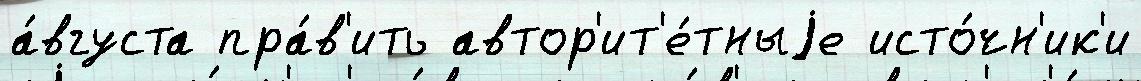
а́вгуста пра́в'ить автор'ит'е́тныjе исто́чн'ик'и